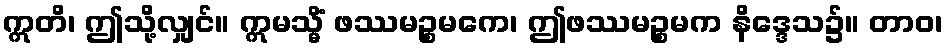
ဣတိ၊ ဤသို့လျှင်။ ဣမသ္မိံ ဖဿမဉ္စမကေ၊ ဤဖဿမဉ္စမက နိဒ္ဒေသ၌။ တာဝ၊